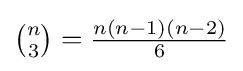
{\textstyle {\binom {n}{3}}={\frac {n(n-1)(n-2)}{6}}}